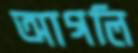
আগলি